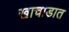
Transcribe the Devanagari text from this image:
खाचाडात